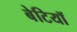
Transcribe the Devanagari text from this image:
बेटियाॅ